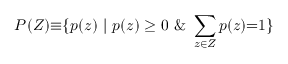
P ( Z ) { \equiv } \{ p ( z ) ~ | ~ p ( z ) \ge 0 ~ \& ~ \sum _ { z \in Z } p ( z ) { = } 1 \}